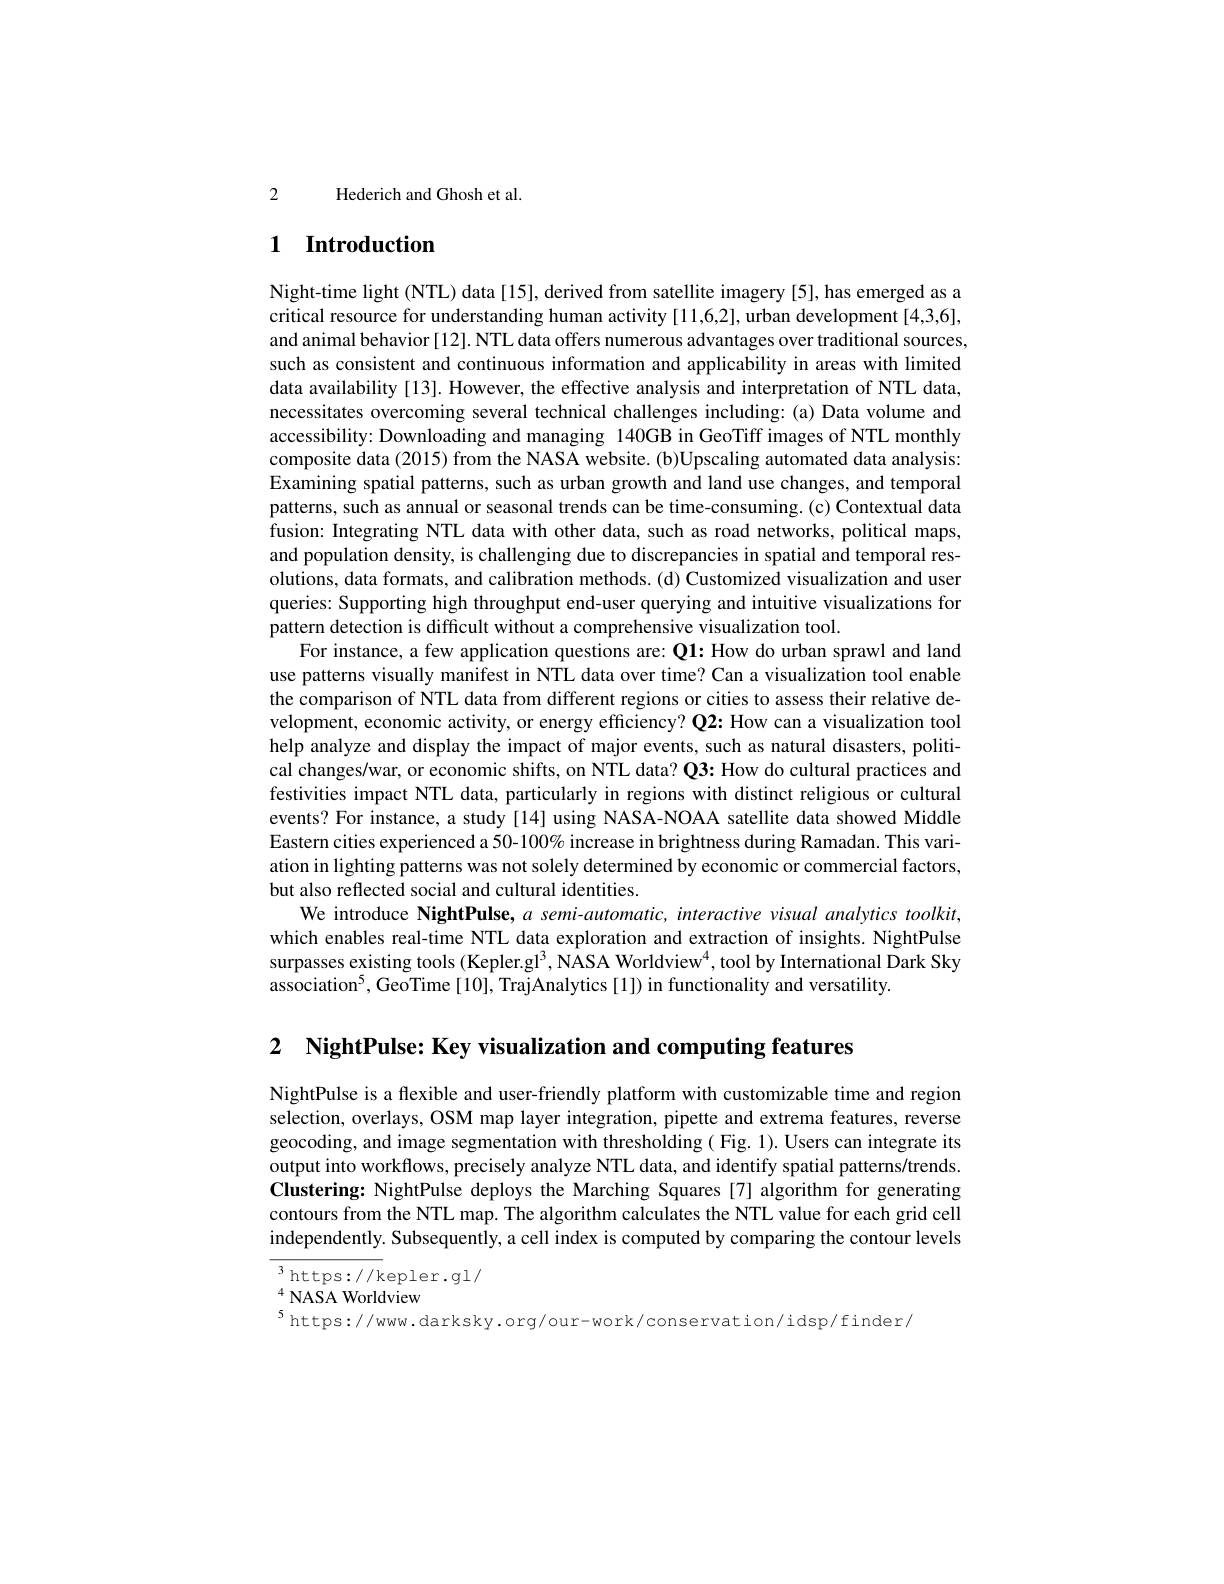
2 Hederich and Ghosh et al.

# 1 Introduction

Night-time light (NTL) data [15], derived from satellite imagery [5], has emerged as a critical resource for understanding human activity [11,6,2], urban development [4,3,6]. and animal behavior [12]. NTL data offers numerous advantages over traditional sources such as consistent and continuous information and applicability in areas with limited data availability [13]. However, the effective analysis and interpretation of NTL data, necessitates overcoming several technical challenges including:(a) Data volume and accessibility: Downloading and managing 140GB in GeoTiff images of NTL monthly composite data (2015) from the NASA website. (b)Upscaling automated data analysis: Examining spatial patterns, such as urban growth and land use changes, and temporal patterns, such as annual or seasonal trends can be time-consuming. (c) Contextual data fusion: Integrating NTL data with other data, such as road networks, political maps, and population density, is challenging due to discrepancies in spatial and temporal resolutions, data formats, and calibration methods. (d) Customized visualization and user queries: Supporting high throughput end-user querying and intuitive visualizations for pattern detection is difficult without a comprehensive visualization tool.
For instance, a few application questions are: Q1: How do urban sprawl and land use patterns visually manifest in NTL data over time? Can a visualization tool enable the comparison of NTL data from different regions or cities to assess their relative development, economic activity, or energy efficiency? Q2: How can a visualization tool help analyze and display the impact of major events, such as natural disasters, political changes/war, or economic shifts, on NTL data? Q3: How do cultural practices and festivities impact NTL data, particularly in regions with distinct religious or cultural events? For instance, a study [14] using NASA-NOAA satellite data showed Middle Eastern cities experienced a 50-100% increase in brightness during Ramadan. This variation in lighting patterns was not solely determined by economic or commercial factors, but also reflected social and cultural identities.
We introduce NightPulse, $a$ semi-automatic, interactive visual analytics toolkit, which enables real-time NTL data exploration and extraction of insights. NightPulse surpasses existing tools (Kepler.gl$^3$,NASA Worldview$^4$,tool by International Dark Sky association$^5$,GeoTime[10], TrajAnalytics[1]) in functionality and versatility

2 NightPulse: Key visualization and computing features

NightPulse is a flexible and user-friendly platform with customizable time and region selection, overlays, OSM map layer integration, pipette and extrema features, reverse geocoding, and image segmentation with thresholding ( Fig. 1). Users can integrate its output into workflows, precisely analyze NTL data, and identify spatial patterns/trends Clustering: NightPulse deploys the Marching Squares [7] algorithm for generating contours from the NTL map. The algorithm calculates the NTL value for each grid cell independently. Subsequently, a cell index is computed by comparing the contour levels

${\overline{^{3}\mathrm{https://k}}}$epler.gl/
$^{4}$NASA Worldview
$^{5}$https://www.darksky.org/our-work/conservation/idsp/finder/